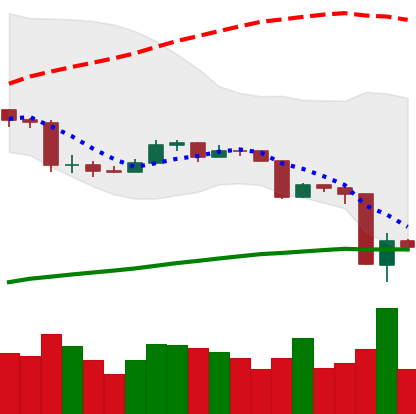
Ticker: ETC-USD
Chart end date: 2020-03-14
Forward return: 9.36%
Label: up_7plus